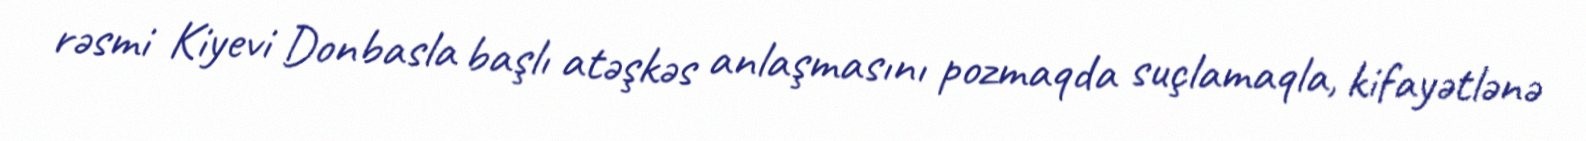
rəsmi Kiyevi Donbasla başlı atəşkəs anlaşmasını pozmaqda suçlamaqla, kifayətlənə